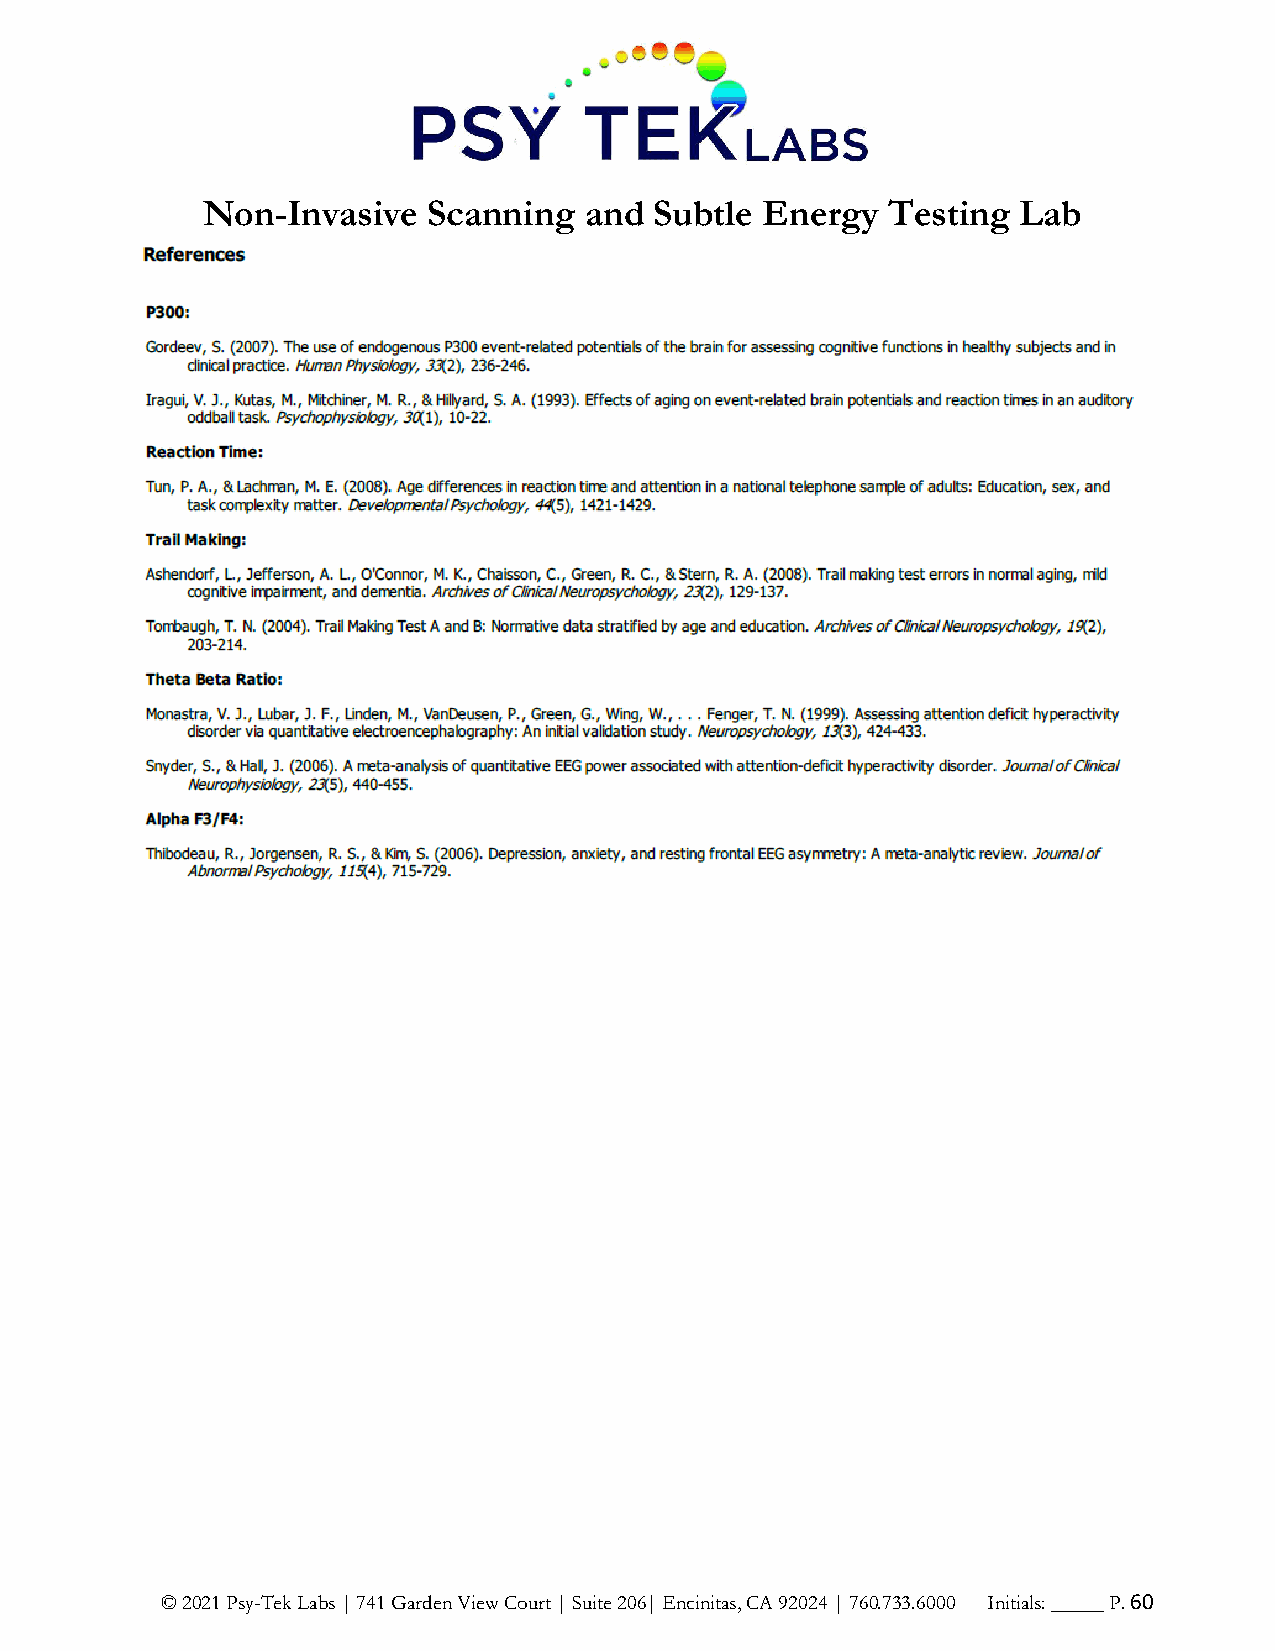
Non-Invasive   Scanning   and Subtle Energy   Testing  Lab
 © 2021 Psy-Tek Labs | 741 Garden View Court | Suite 206| Encinitas, CA 92024 | 760.733.6000 Initials: _____ P. 60